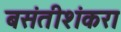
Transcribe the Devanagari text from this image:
बसंतीशंकरा